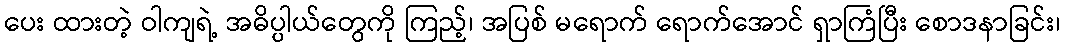
ပေး ထားတဲ့ ဝါကျရဲ့ အဓိပ္ပါယ်တွေကို ကြည့်၊ အပြစ် မရောက် ရောက်အောင် ရှာကြံပြီး စောဒနာခြင်း၊